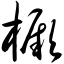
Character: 橛